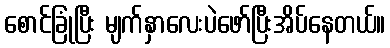
စောင်ခြုံပြီး မျက်နှာလေးပဲဖော်ပြီးအိပ်နေတယ်။